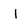
Character: l